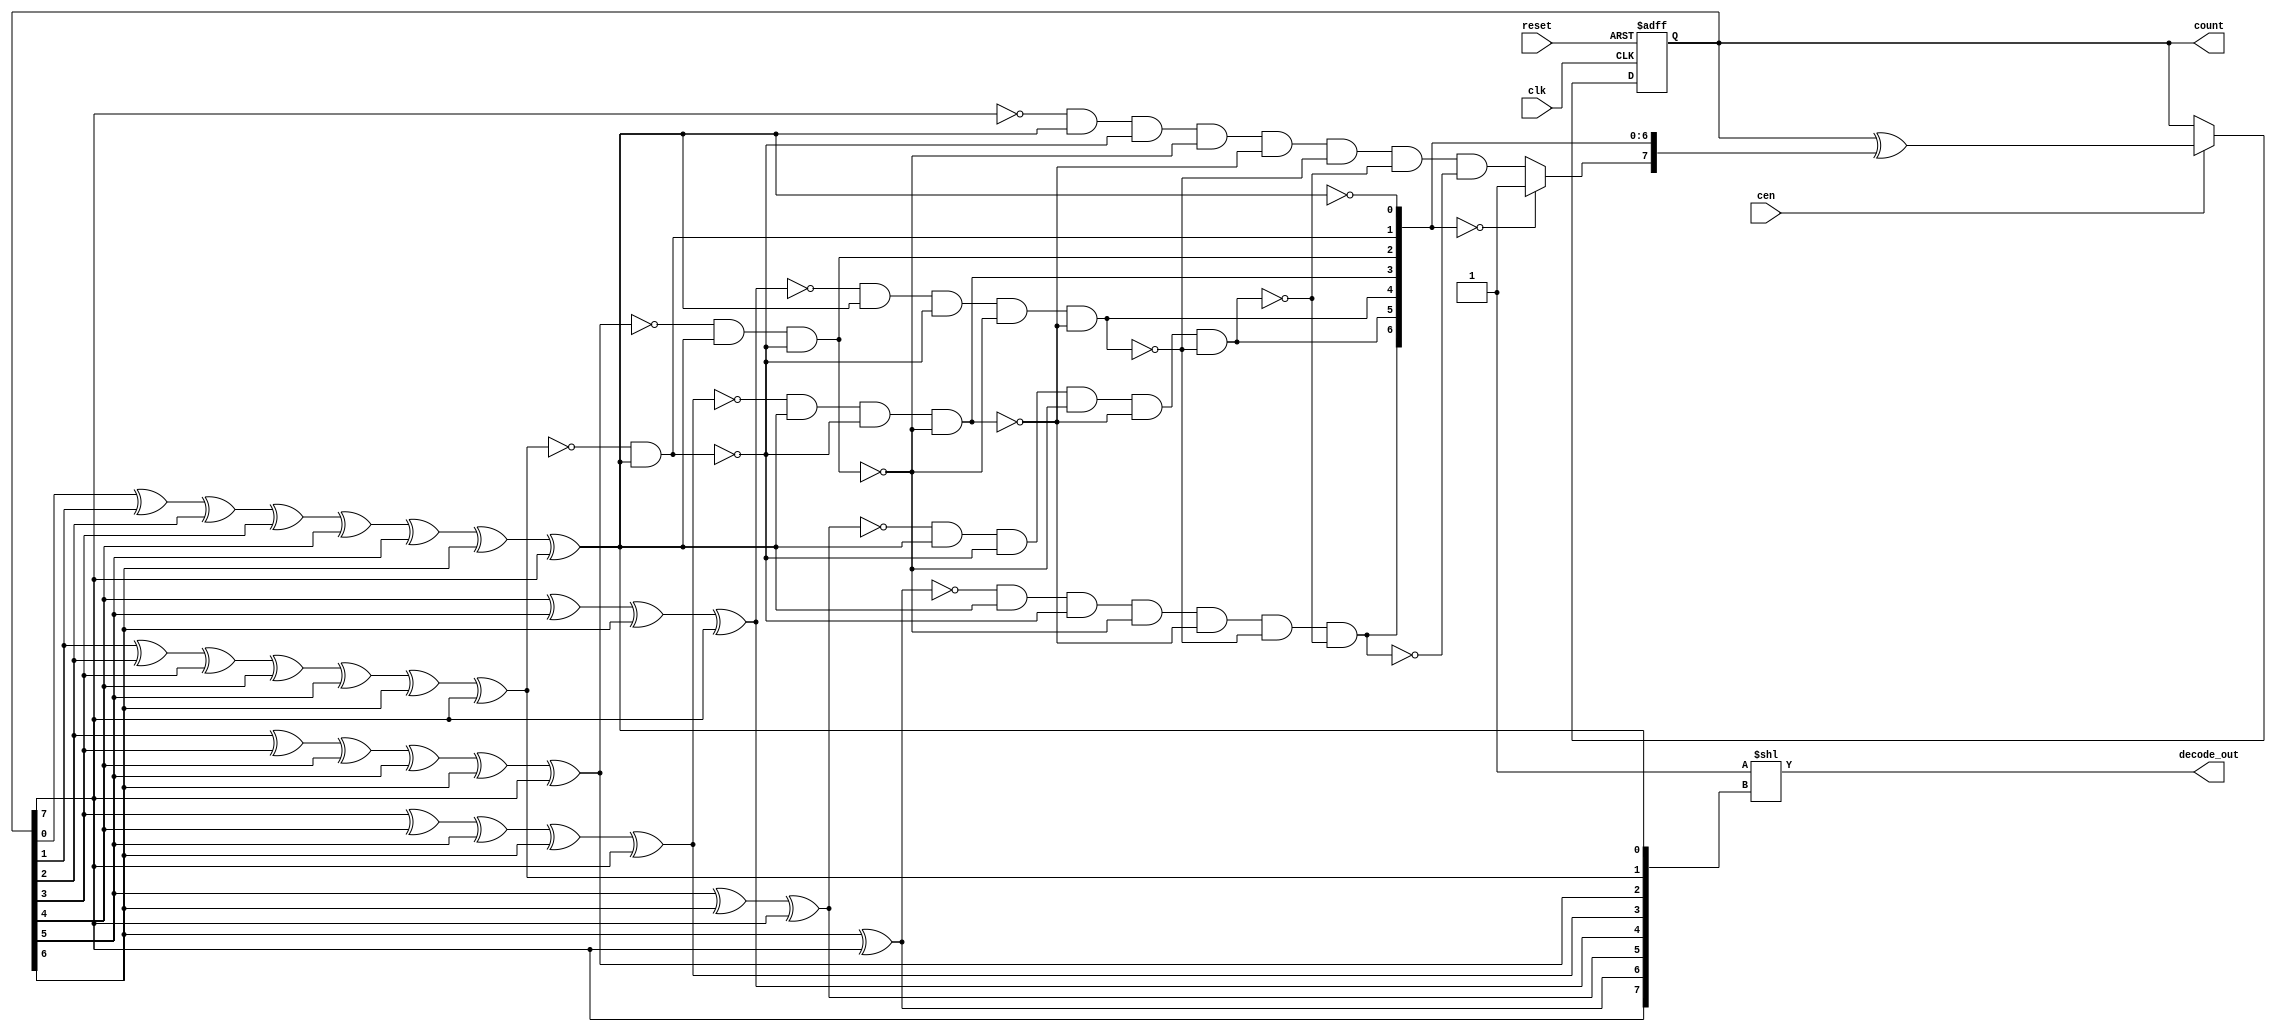


//--------------------------------------------------------------------------------------------------
//
// Title       : DW03_cntr_gray
// Design      : parameterized Gray counter

// 			 
//-------------------------------------------------------------------------------------------------
//
// Description : A parameterized gray counter is implemented.
//
//				 Gray encoded output (cout)
//               Decoded output ( decode_out )
//				 Async reset 
//				 Count enable	(cen)
//
//-------------------------------------------------------------------------------------------------

module DW03_cntr_gray (  clk, reset, cen, count, decode_out )/* synthesis syn_builtin_du = "weak" */;
	parameter width = 8; //parameter for specifying the register width
	
	//Input/output declaration
	input							     cen;//active high
	input							     clk;//clock input
	input							     reset; //active low
	
	output	[ width - 1 : 0 ] 		     count;//gray code counter output
	output [((1'b1 << width) - 1 ) : 0]  decode_out;//data input to be loaded to reg

	//internal register decleration
	reg	[ width - 1 : 0 ] 		         count;
	reg	[ width - 1 : 0 ] 		         bin;
	reg [ width - 1 : 0 ]		         tog_bit; 
	integer	i,j,k;
	
	//Register the output gray count
	always	@ ( posedge  clk  or  negedge  reset )
		if( !reset ) 		 
			count <= 0;
		else
			count <= cen ? count ^ tog_bit : count; 

	//Generation of toggle bit		
	always @ ( count )
		begin
			tog_bit = 0;
			// synthesis loop_limit 2000  
			for (i = 0; i < width; i = i + 1) 
				begin 
					// synthesis loop_limit 2000  
					for (j = i; j < width; j = j + 1) 
						tog_bit[i] = tog_bit[i] ^ count[j];
						bin[i] = tog_bit[i];	
						tog_bit[i] = !tog_bit[i];  
						// synthesis loop_limit 2000  
						for (k = 0; k < i; k = k + 1) 
							tog_bit[i] = tog_bit[i] && !tog_bit[k];
				end //i loop  
				if ( width == 1 )
					tog_bit = 1;			
				else
					begin
						if (tog_bit[width-2:0]==0)
							tog_bit[width-1] = 1; 
					end
					
		end		

	assign decode_out =  1'b1 << bin;
	
    endmodule